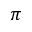
\pi